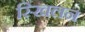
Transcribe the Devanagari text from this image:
स्खिलन